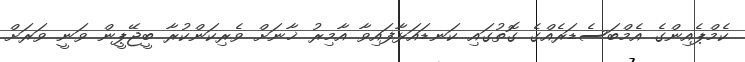
ކެމްޕެއިންގެ އެމްބަސެޑަރެއްގެ ގޮތުގައި ކަނޑައަޅާފައިވާ އާމިރު ޚާނަށް ވެރިކަންކުރާ ބީޖޭޕީން ވަނީ ވަރަށް